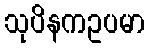
သုပိနကဥပမာ